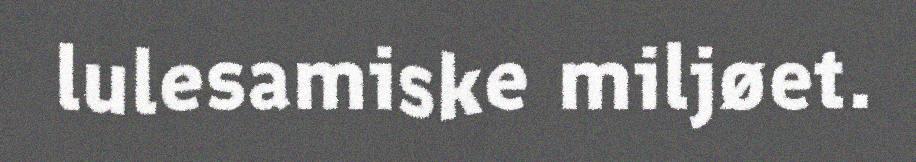
lulesamiske miljøet.